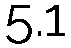
5.1